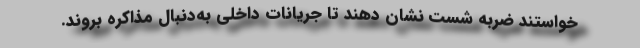
خواستند ضربه شست نشان دهند تا جریانات داخلی به‌دنبال مذاکره بروند.